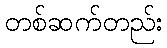
တစ်ဆက်တည်း